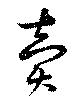
売